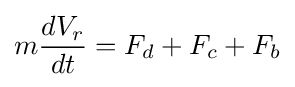
m{\frac {dV_{r}}{dt}}=F_{d}+F_{c}+F_{b}